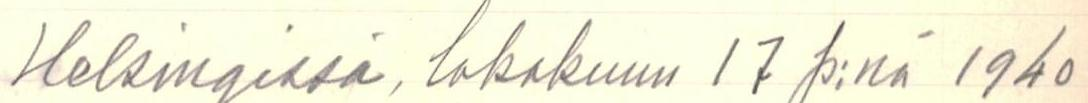
Helsingissä, lokakuun 17 p:nä 1940